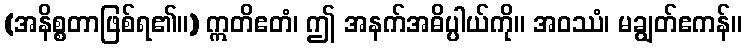
(အနိစ္စတာဖြစ်ရ၏။) ဣတိဧတံ၊ ဤ အနက်အဓိပ္ပါယ်ကို။ အဝဿံ၊ မချွတ်ဧကန်။